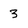
Character: 3